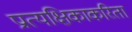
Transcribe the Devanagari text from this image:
प्रात्यक्षिकाकरिता